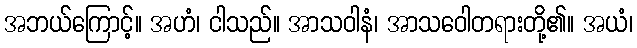
အဘယ်ကြောင့်။ အဟံ၊ ငါသည်။ အာသဝါနံ၊ အာသဝေါတရားတို့၏။ အယံ၊